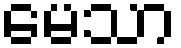
မေသာ